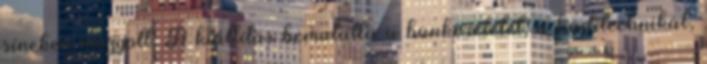
síneken mozgott. A kiállítás bemutatta a bunkeréletet, a haditechnikát,